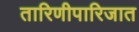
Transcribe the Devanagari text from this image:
तारिणीपारिजात